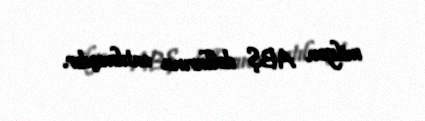
milyon ABŞ dollarına satılmışdır.